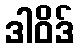
ဒါဝိဒ်